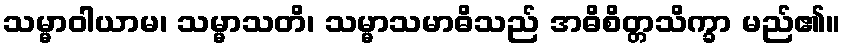
သမ္မာဝါယာမ၊ သမ္မာသတိ၊ သမ္မာသမာဓိသည် အဓိစိတ္တသိက္ခာ မည်၏။